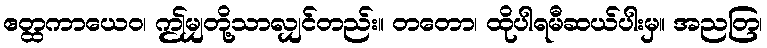
ဧတ္ထကာယေဝ၊ ဤမျှတို့သာလျှင်တည်း။ တတော၊ ထိုပါရမီဆယ်ပါးမှ။ အညတြ၊